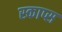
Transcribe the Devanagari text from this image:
स्काप्स